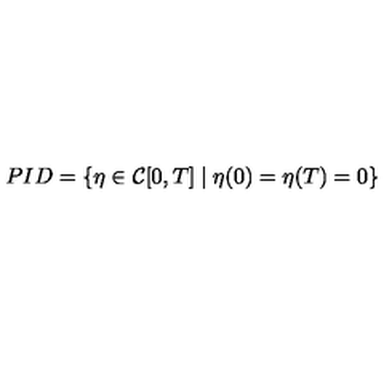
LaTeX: P I D = \{ \eta \in { \cal { C } } [ 0 , T ] \mid \eta ( 0 ) = \eta ( T ) = 0 \}